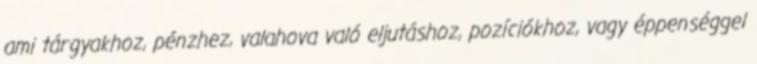
ami tárgyakhoz, pénzhez, valahova való eljutáshoz, pozíciókhoz, vagy éppenséggel